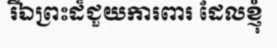
រីឯព្រះដ៏ជួយការពារ ដែលខ្ញុំ